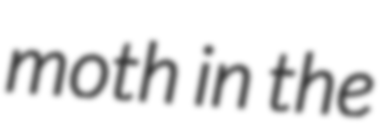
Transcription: moth in the